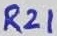
Text: R21